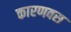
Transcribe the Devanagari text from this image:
कारणवस